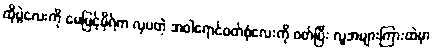
ထိုပွဲလေးကို မေမြင့်မိုရ်က လှပတဲ့ အဝါရောင်ဝတ်စုံလေးကို ဝတ်ပြီး လူအများကြားထဲမှာ